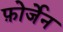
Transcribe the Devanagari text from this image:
फ़ोर्जेन